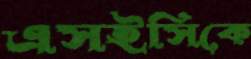
এসইসিকে